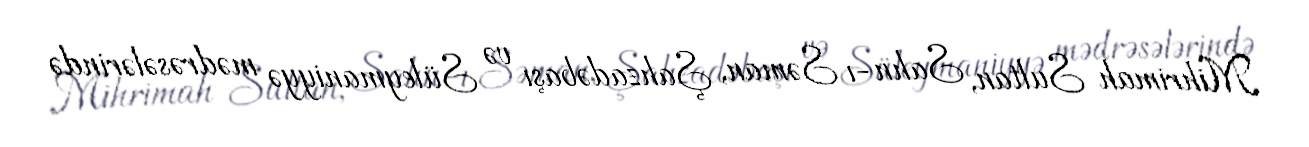
Mihrimah Sultan, Sahn-ı Səman, Şahzadəbaşı və Süleymaniyyə mədrəsələrində